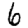
Digit: 6